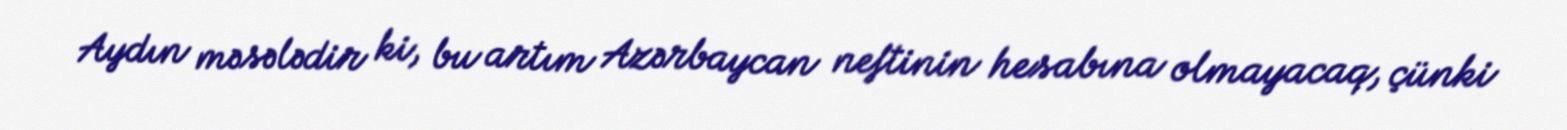
Aydın məsələdir ki, bu artım Azərbaycan neftinin hesabına olmayacaq, çünki